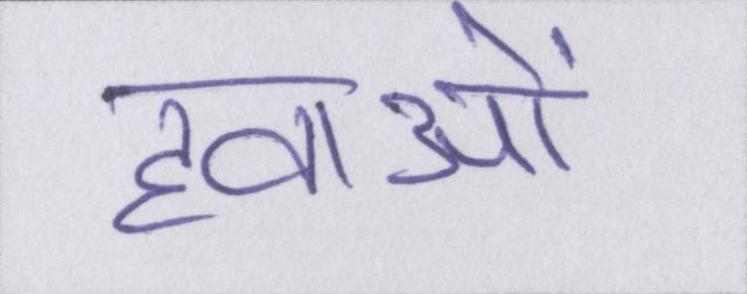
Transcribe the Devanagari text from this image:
हवाओं